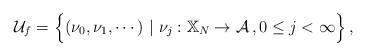
LaTeX: \begin{align*} \mathcal{U}_{f} = \Big\{(\nu_0, \nu_{1}, \cdots) ~|~ \nu_j : \mathbb{X}_N \rightarrow \mathcal{A}\,, 0\le j < \infty\Big\}\,,\end{align*}